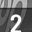
Digit: 2